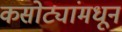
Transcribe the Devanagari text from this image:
कसोट्यांमधून